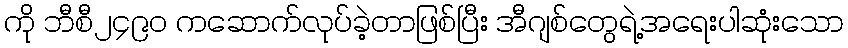
ကို ဘီစီ၂၄၉၀ ကဆောက်လုပ်ခဲ့တာဖြစ်ပြီး အီဂျစ်တွေရဲ့အရေးပါဆုံးသော